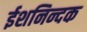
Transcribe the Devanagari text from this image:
ईशनिन्दक